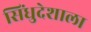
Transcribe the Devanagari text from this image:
सिंधुदेशाला